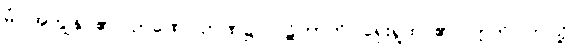
မံ၊ အကျွန်ုပ်၏။ ဉာဏေ၊ ဉာဏ်၌။ ပဋိဘာတိ၊ ရှေးရှုထင်၏။ ဣတိ၊ ဤသို့။